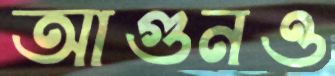
আগুনও